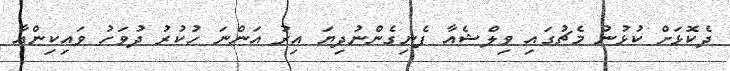
ދެކޮޅަށް ކުޅުނު މެޗުގައި ވިލްޝެއާ ފެނިގެންނުދިޔަ އިރު އަންނަ ހުކުރު ދުވަހު ވައިކިންއާ